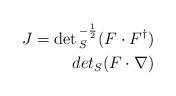
LaTeX: \begin{align*}J = \det{}_S^{- {1 \over 2}} (F\cdot F^{\dagger})\\det{}_S(F\cdot \nabla) \end{align*}